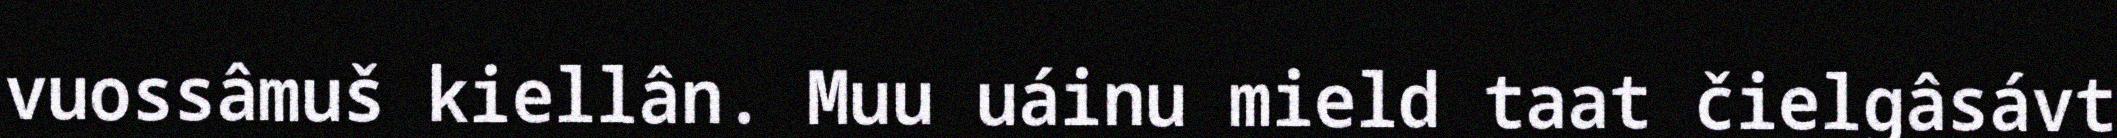
vuossâmuš kiellân. Muu uáinu mield taat čielgâsávt